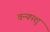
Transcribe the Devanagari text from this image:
वन्यपशु